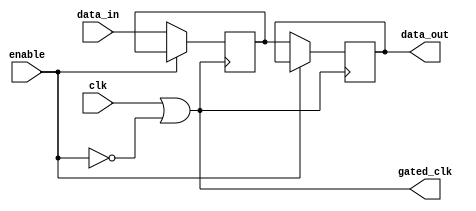
module clock_gating_memory (
    input wire clk,          // Primary clock signal
    input wire enable,       // Control signal to enable/disable clock
    input wire [7:0] data_in, // Data input for the memory block
    output reg [7:0] data_out, // Data output from the memory block
    output wire gated_clk     // Gated clock output
);

// Invert the enable signal
wire enable_inv;
assign enable_inv = ~enable;

// OR gate to generate gated clock
assign gated_clk = clk | enable_inv;

// Memory block (simple register for demonstration)
reg [7:0] memory_reg;

// Memory operation based on gated clock
always @(posedge gated_clk) begin
    if (!enable) begin
        // When enable is low, perform memory operations
        memory_reg <= data_in; // Write data to memory
        data_out <= memory_reg; // Read data from memory
    end
end

endmodule